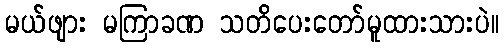
မယ်ဖျား မကြာခဏ သတိပေးတော်မူထားသားပဲ။